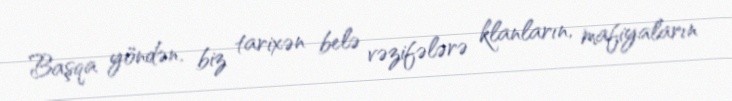
Başqa yöndən, biz tarixən belə vəzifələrə klanların, mafiyaların